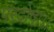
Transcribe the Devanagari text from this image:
परदोषा।।